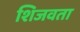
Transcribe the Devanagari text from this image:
शिजवता